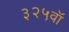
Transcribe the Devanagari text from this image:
३२५वॉ